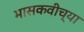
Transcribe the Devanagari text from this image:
भासकवीच्या